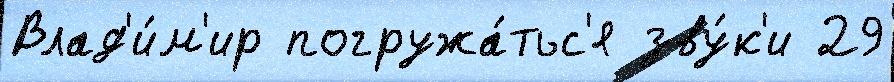
Влад'и́м'ир погружа́тьс'я зву́к'и 29